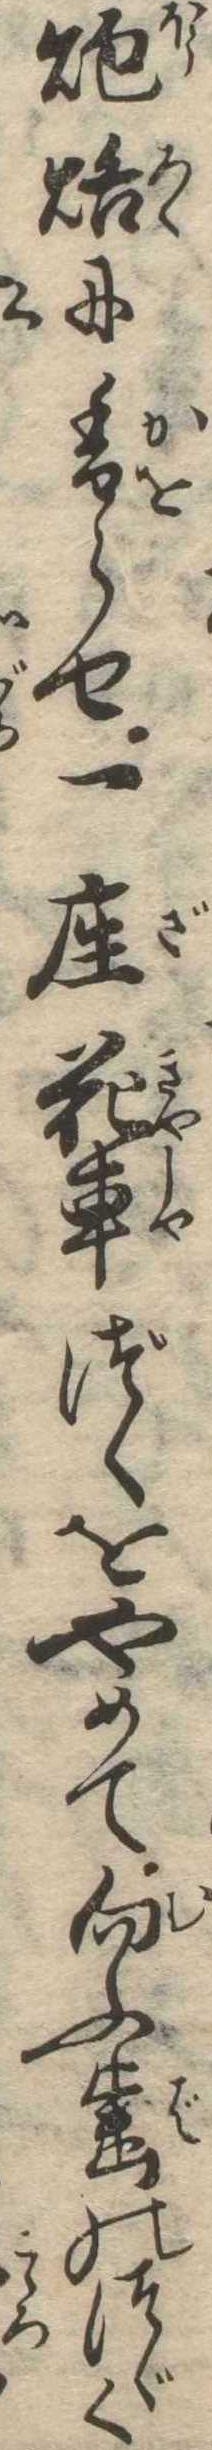
炮烙に香らせ一座花車づくをやめて向ふ歯のつゞく